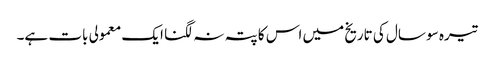
تیرہ سو سال کی تاریخ میں اس کا پتہ نہ لگنا ایک معمولی بات ہے۔